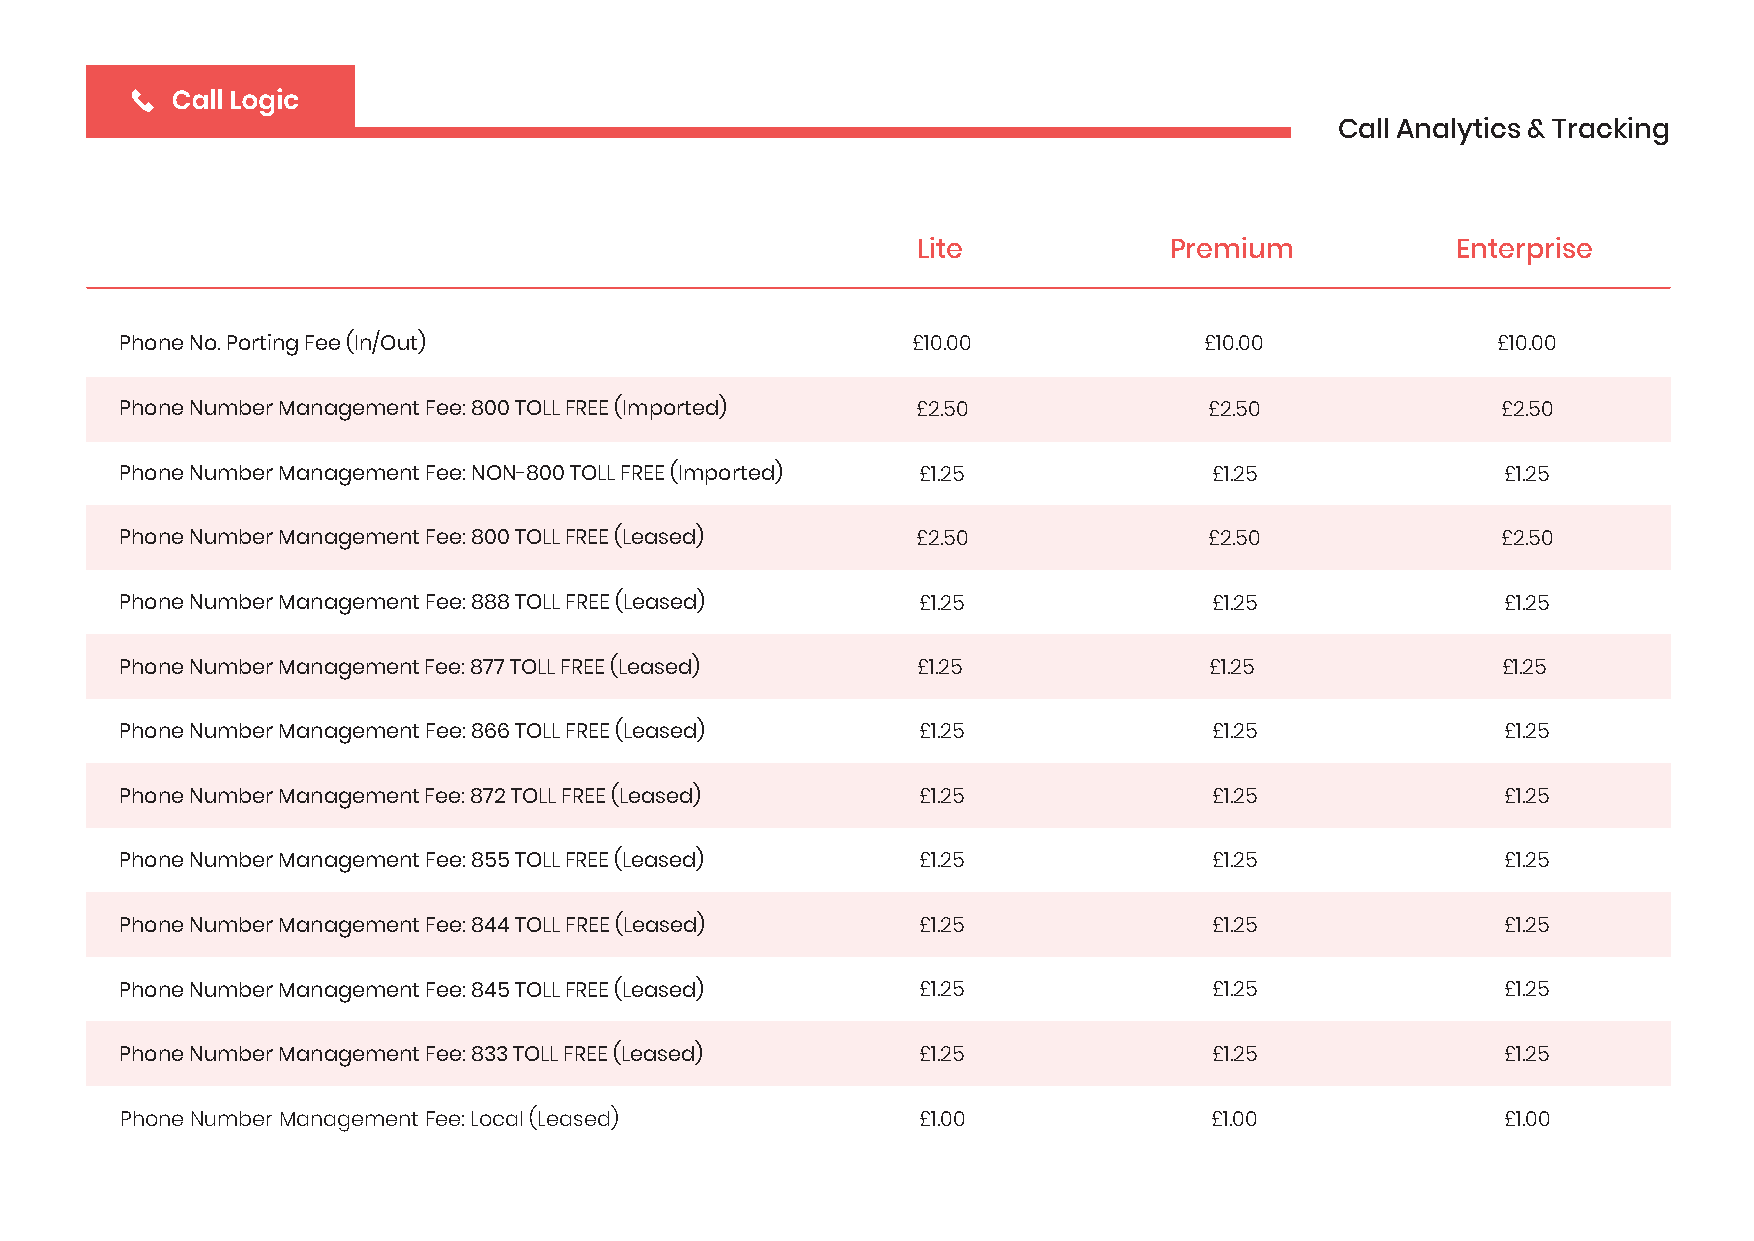
Call Analytics & Tracking
 Lite            Premium            Enterprise
 Phone No. Porting Fee (In/Out)                      £10.00              £10.00             £10.00
 Phone Number Management Fee: 800 TOLL FREE (Imported) £2.50             £2.50              £2.50
 Phone Number Management Fee: NON-800 TOLL FREE (Imported) £1.25         £1.25               £1.25
 Phone Number Management Fee: 800 TOLL FREE (Leased)  £2.50              £2.50              £2.50
 Phone Number Management Fee: 888 TOLL FREE (Leased)  £1.25              £1.25               £1.25
 Phone Number Management Fee: 877 TOLL FREE (Leased)  £1.25              £1.25              £1.25
 Phone Number Management Fee: 866 TOLL FREE (Leased)  £1.25              £1.25               £1.25
 Phone Number Management Fee: 872 TOLL FREE (Leased)  £1.25              £1.25               £1.25
 Phone Number Management Fee: 855 TOLL FREE (Leased)  £1.25              £1.25               £1.25
 Phone Number Management Fee: 844 TOLL FREE (Leased)  £1.25              £1.25               £1.25
 Phone Number Management Fee: 845 TOLL FREE (Leased)  £1.25              £1.25               £1.25
 Phone Number Management Fee: 833 TOLL FREE (Leased)  £1.25              £1.25               £1.25
 Phone Number Management Fee: Local (Leased)          £1.00              £1.00               £1.00